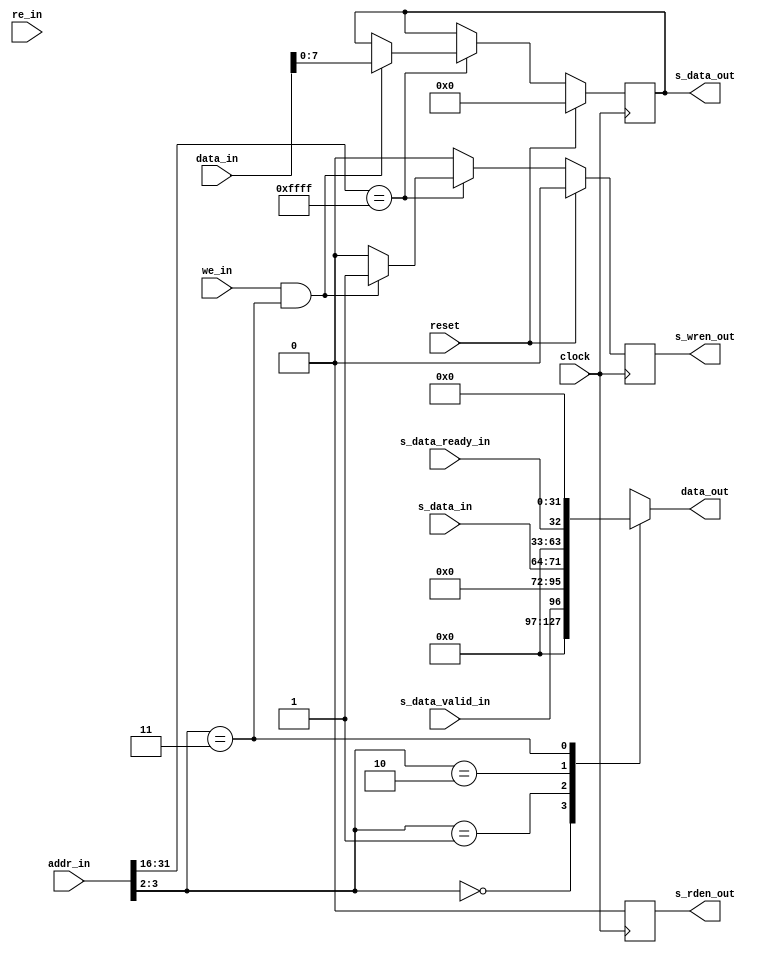
module serial_buffer	(
	input	clock,
	input	reset,
		
	input [31:0] addr_in,
	output reg [31:0] data_out,
	input	re_in,
	input [31:0] data_in,
	input we_in,
		
	input	s_data_valid_in, //data to be read is available
	input [7:0] s_data_in,
	input	s_data_ready_in, //ready to recieve write data
	output s_rden_out,
	output [7:0] s_data_out,
	output s_wren_out
	);
	parameter MEM_ADDR = 16'hffff;
		
	//read values (async)
	always @(*) begin
		case(addr_in[3:2])
			2'h0:
				data_out = {31'b0, s_data_valid_in};
			2'h1:
				data_out = {24'b0, s_data_in};
			2'h2:
				data_out = {31'b0, s_data_ready_in};
			2'h3:
				data_out = {32'b0};
		endcase
	end
	
	
	
	reg	read_en;
	reg	write_en;
	reg [7:0] sbyte;
	
	assign s_rden_out = read_en;
	assign s_wren_out = write_en;
	assign s_data_out = sbyte;
	
	always @(posedge clock) begin
		if (reset) begin
			read_en <= 1'b0;
			write_en <= 1'b0;
			sbyte <= 8'b0;
		end else begin
			read_en <= 1'b0;
			write_en <= 1'b0;
			
			if (addr_in[31:16] == MEM_ADDR) begin
				if (re_in && (addr_in[3:2] == 2'h1)) begin //read data byte
					read_en <= 1'b0;
				end
				
				if (we_in && (addr_in[3:2] == 2'h3)) begin //byte write
					sbyte <= data_in[7:0];
					write_en <= 1'b1;
				end
			end
		end
	end
	
endmodule